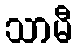
သာမီ